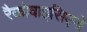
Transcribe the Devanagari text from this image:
रैकोवाइसिएनो